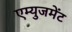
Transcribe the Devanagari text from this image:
एम्युजमेंट